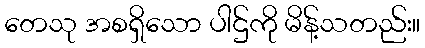
တေသု အစရှိသော ပါဌ်ကို မိန့်သတည်း။